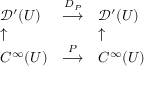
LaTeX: \begin{array} { l l l } { { \mathcal { D } } ^ { \prime } ( U ) } & { { \stackrel { D _ { P } } { \longrightarrow } } } & { { \mathcal { D } } ^ { \prime } ( U ) } \\ { \uparrow } & { } & { \uparrow } \\ { C ^ { \infty } ( U ) } & { { \stackrel { P } { \longrightarrow } } } & { C ^ { \infty } ( U ) } \end{array}